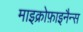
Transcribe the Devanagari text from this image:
माइक्रोफ़ाइनैन्स